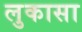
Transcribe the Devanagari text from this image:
लुकासा